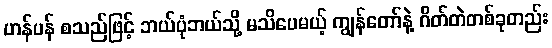
ဟန်ပန် စသည်ဖြင့် ဘယ်ပုံဘယ်သို့ မသိပေမယ့် ကျွန်တော်နဲ့ ဂိတ်တဲတစ်ခုတည်း